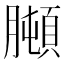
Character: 𦡋